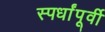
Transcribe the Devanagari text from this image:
स्पर्धांपूर्वी